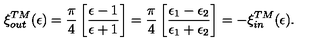
\xi _ { \small o u t } ^ { \small T M } ( \epsilon ) = { \frac { \pi } { 4 } } \left[ { \frac { \epsilon - 1 } { \epsilon + 1 } } \right] = { \frac { \pi } { 4 } } \left[ { \frac { \epsilon _ { 1 } - \epsilon _ { 2 } } { \epsilon _ { 1 } + \epsilon _ { 2 } } } \right] = - \xi _ { \small i n } ^ { \small T M } ( \epsilon ) .